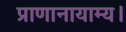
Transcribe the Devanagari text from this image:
प्राणानायाम्य।